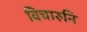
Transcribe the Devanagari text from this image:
विचारुनि